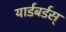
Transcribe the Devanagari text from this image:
यार्डबर्डस्